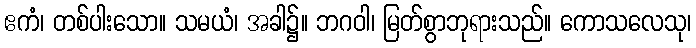
ဧကံ၊ တစ်ပါးသော။ သမယံ၊ အခါ၌။ ဘဂဝါ၊ မြတ်စွာဘုရားသည်။ ကောသလေသု၊